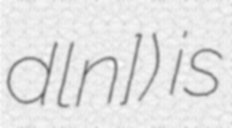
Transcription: dɔlɔn]) is